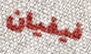
فيفيان